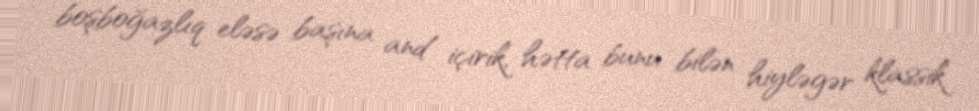
boşboğazlıq eləsə başına and içirik, hətta bunu bilən hiyləgər klassik